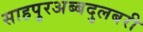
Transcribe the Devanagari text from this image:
साहपुरअब्बदुलबरी